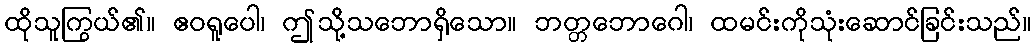
ထိုသူကြွယ်၏။ ဧဝရူပေါ၊ ဤသို့သဘောရှိသော။ ဘတ္တဘောဂေါ၊ ထမင်းကိုသုံးဆောင်ခြင်းသည်။